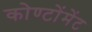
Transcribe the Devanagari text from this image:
कोण्टोंमेंट